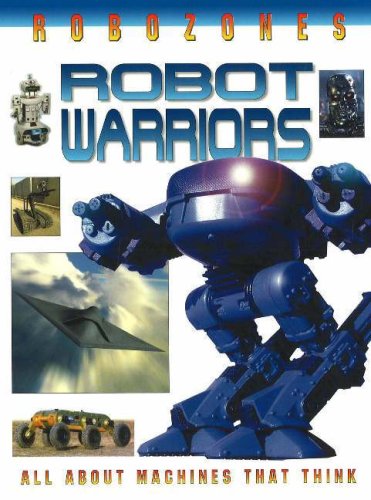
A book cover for Robot Warriors (Robozones); David Jefferis; Children's Books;